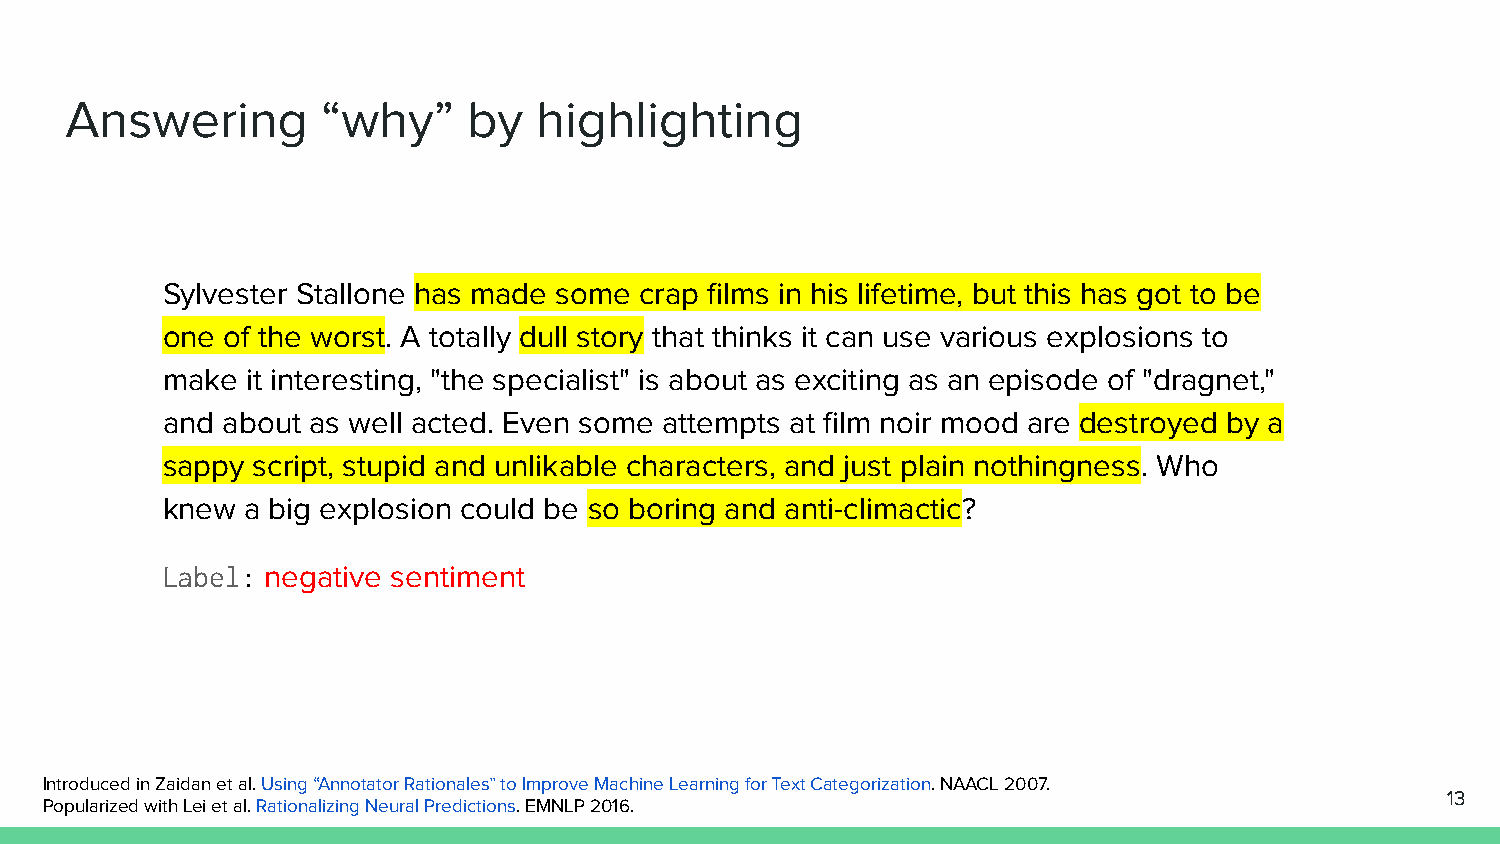
Answering        “why”     by   highlighting
 Sylvester Stallone has made some crap films in his lifetime, but this has got to be
 one of the worst. A totally dull story that thinks it can use various explosions to
 make it interesting, "the specialist" is about as exciting as an episode of "dragnet,"
 and about as well acted. Even some attempts at film noir mood are destroyed by a
 sappy script, stupid and unlikable characters, and just plain nothingness. Who
 knew a big explosion could be so boring and anti-climactic?
 Label: negative sentiment
 Introduced in Zaidan et al. Using “Annotator Rationales” to Improve Machine Learning for Text Categorization. NAACL 2007.
 13
 Popularized with Lei et al. Rationalizing Neural Predictions. EMNLP 2016.